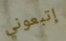
إتبعوني